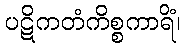
ပဋိကတံကိစ္စကာရိံ၊